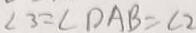
\angle 3 = \angle D A B = \angle 2